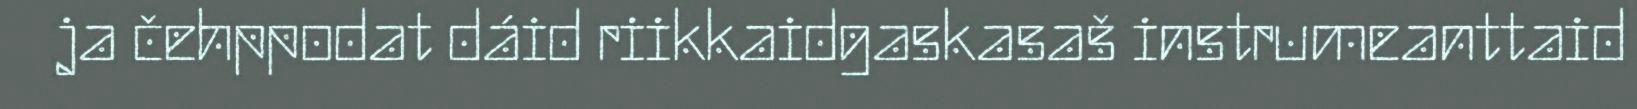
ja čehppodat dáid riikkaidgaskasaš instrumeanttaid